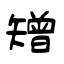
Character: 矰